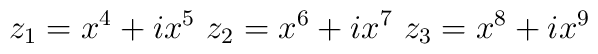
z_1=x^4+ix^5\,\, z_2=x^6+ix^7\,\,z_3=x^8+ix^9